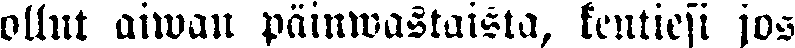
ollut aiwan päinwastaista, kentiesi jos